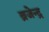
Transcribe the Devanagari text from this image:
ब्रजेन्‍द्र